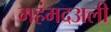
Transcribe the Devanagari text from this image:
महंमदअली